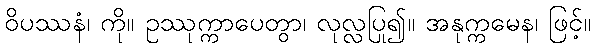
ဝိပဿနံ၊ ကို။ ဥဿုက္ကာပေတွာ၊ လုလ္လပြု၍။ အနုက္ကမေန၊ ဖြင့်။